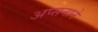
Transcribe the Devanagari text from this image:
अप्सनाने